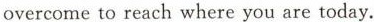
overcometo reach where you are today.